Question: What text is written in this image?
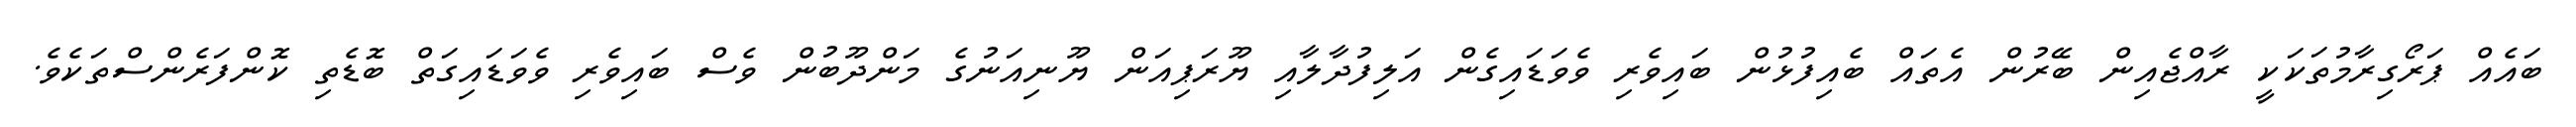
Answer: ބައެއް ޕަރޯގިރާމުތަކަކީ ރާއްޖެއިން ބޭރުން އެތައް ބެއިފުޅުން ބައިވެރި ވެވަޑައިގެން އަލިފުދާލާއި ޔޫރަޕިއަން ޔޫނިއަނުގެ މަންދޫބުން ވެސް ބައިވެރި ވެވަޑައިގަތް ބޮޑެތި ކޮންފަރެންސްތަކެވެ.